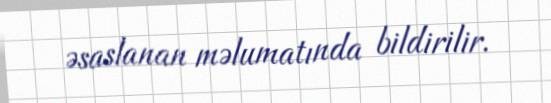
əsaslanan məlumatında bildirilir.